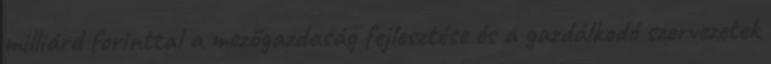
milliárd forinttal a mezőgazdaság fejlesztése és a gazdálkodó szervezetek